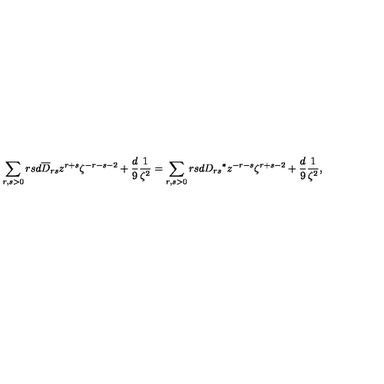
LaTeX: \sum _ { r , s > 0 } r s d \overline { D } _ { r s } z ^ { r + s } \zeta ^ { - r - s - 2 } + { \frac { d } { 9 } } { \frac { 1 } { \zeta ^ { 2 } } } = \sum _ { r , s > 0 } r s d { D _ { r s } } ^ { \ast } z ^ { - r - s } \zeta ^ { r + s - 2 } + { \frac { d } { 9 } } { \frac { 1 } { \zeta ^ { 2 } } } ,